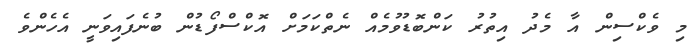
މި ވެކްސިން އާ މެދު އިތުރު ކަންބޮޑުވުމެއް ނެތްކަމަށް އޮކްސްފޯޑުން ބުނެފައިވަނީ އެހެންވެ